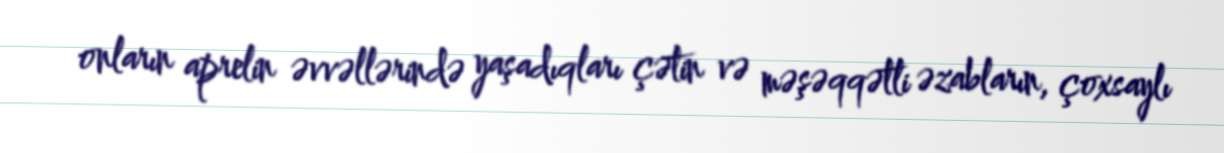
onların aprelin əvvəllərində yaşadıqları çətin və məşəqqətli əzabların, çoxsaylı